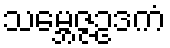
သမ္ဘေဇ္ဇဥဒကံ